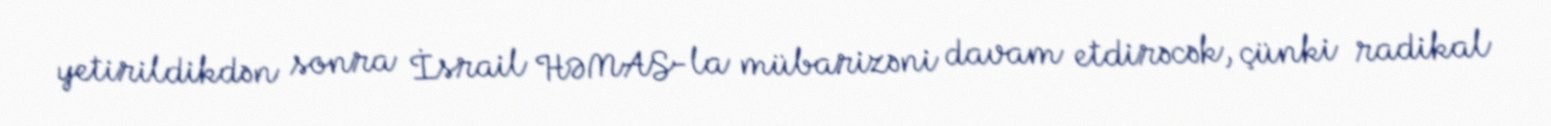
yetirildikdən sonra İsrail HƏMAS-la mübarizəni davam etdirəcək, çünki radikal